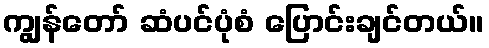
ကျွန်တော် ဆံပင်ပုံစံ ပြောင်းချင်တယ်။